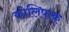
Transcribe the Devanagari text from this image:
कोलिपाक्